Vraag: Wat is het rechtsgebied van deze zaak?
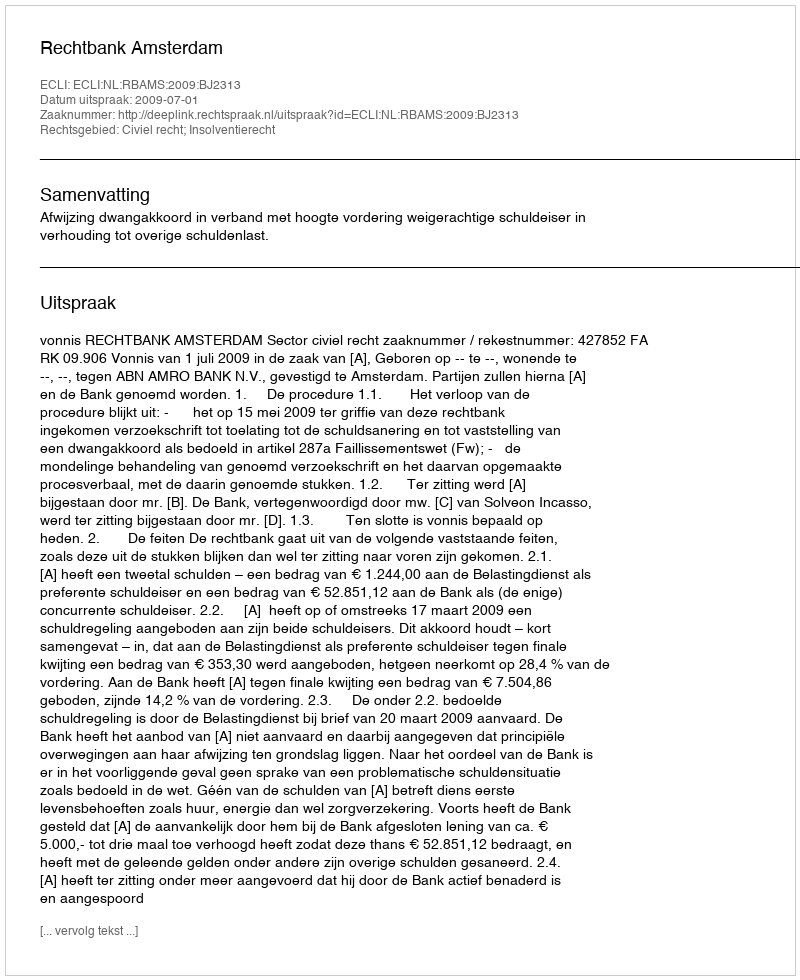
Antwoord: Civiel recht; Insolventierecht